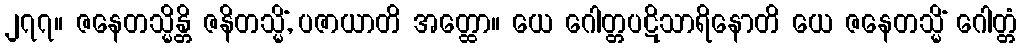
၂၇၇။ ဇနေတသ္မိန္တိ ဇနိတသ္မိံ, ပဇာယာတိ အတ္ထော။ ယေ ဂေါတ္တပဋိသာရိနောတိ ယေ ဇနေတသ္မိံ ဂေါတ္တံ